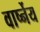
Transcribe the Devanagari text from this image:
वार्ष्नेय